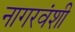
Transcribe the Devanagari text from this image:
नागरवंशी